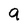
Character: 9